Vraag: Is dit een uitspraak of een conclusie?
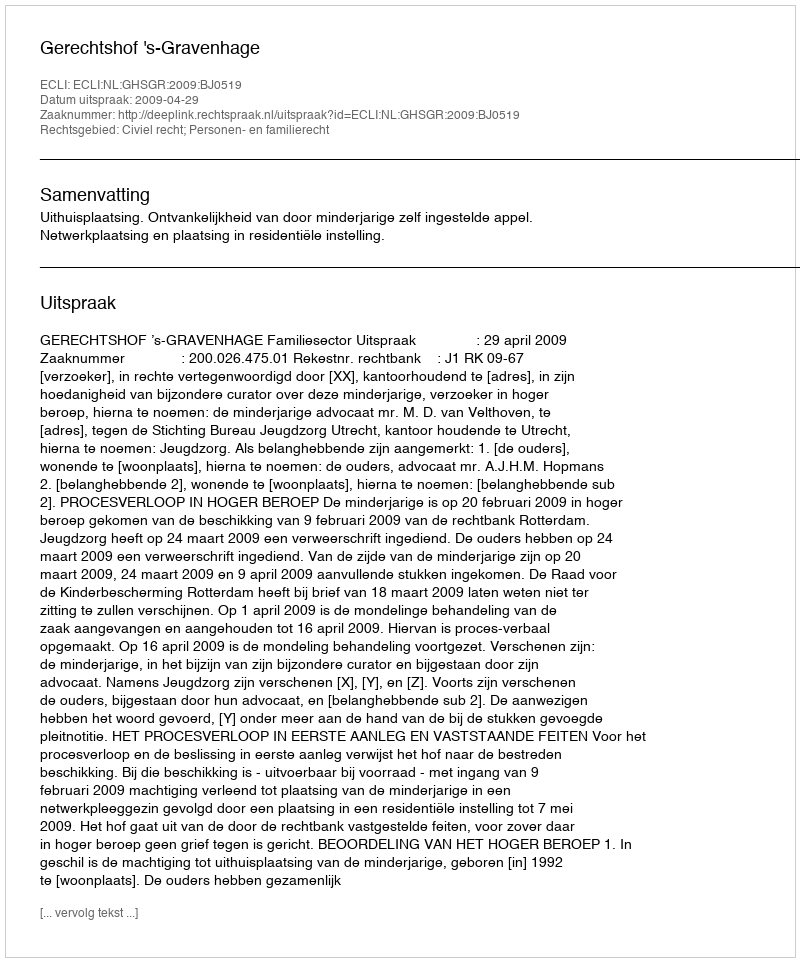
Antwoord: Uitspraak